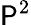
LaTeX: \mathsf{P}^{2}